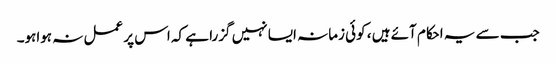
جب سے یہ احکام آئے ہیں ، کوئی زمانہ ایسا نہیں گزرا ہے کہ اس پر عمل نہ ہواہو۔